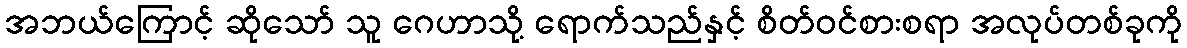
အဘယ်ကြောင့် ဆိုသော် သူ ဂေဟာသို့ ရောက်သည်နှင့် စိတ်ဝင်စားစရာ အလုပ်တစ်ခုကို